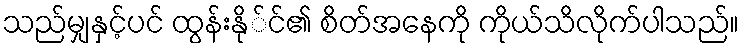
သည်မျှနှင့်ပင် ထွန်းနို်င်၏ စိတ်အနေကို ကိုယ်သိလိုက်ပါသည်။